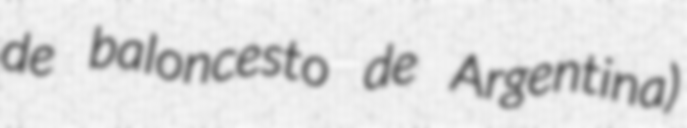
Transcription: de baloncesto de Argentina)